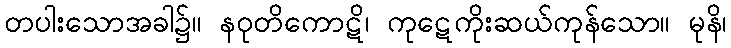
တပါးသောအခါ၌။ နဝုတိကောဋိ၊ ကုဋေကိုးဆယ်ကုန်သော။ မုနိ၊